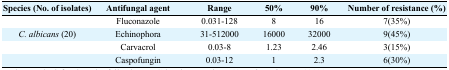
<table><thead><tr><td><b>Species (No. of isolates)</b></td><td><b>Antifungal agent</b></td><td><b>Range</b></td><td><b>50%</b></td><td><b>90%</b></td><td><b>Number of resistance (%)</b></td></tr></thead><tbody><tr><td></td><td>Fluconazole</td><td>0.031–128</td><td>8</td><td>16</td><td>7(35%)</td></tr><tr><td><i>C. albicans</i> (20)</td><td>Echinophora</td><td>31–512000</td><td>16000</td><td>32000</td><td>9(45%)</td></tr><tr><td></td><td>Carvacrol</td><td>0.03–8</td><td>1.23</td><td>2.46</td><td>3(15%)</td></tr><tr><td></td><td>Caspofungin</td><td>0.03–12</td><td>1</td><td>2.3</td><td>6(30%)</td></tr></tbody></table>